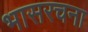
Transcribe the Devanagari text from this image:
भासरचना